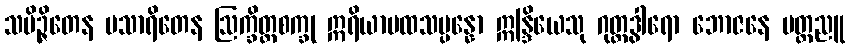
သမိဉ္ဇိတေန ပသာရိတေန ဩက္ခိတ္တစက္ခု ဣရိယာပထသမ္ပန္နော ဣန္ဒြိယေသု ဂုတ္တဒွါရော ဘောဇနေ မတ္တညူ